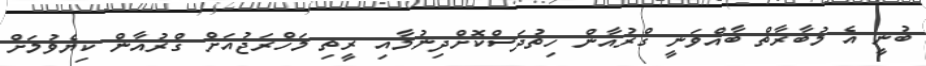
ބުނީ އެ މުބާރާތް ބާއްވަނީ ގްރުއާން ހިތުދަސްކޮށްދިނުމާއި ރީތި މަހްރަޖުއަށް ގްރުއާން ކިޔެވުމަށް